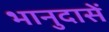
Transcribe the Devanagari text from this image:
भानुदासें